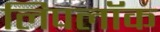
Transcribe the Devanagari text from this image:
लिपलॉक